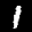
Label: 1